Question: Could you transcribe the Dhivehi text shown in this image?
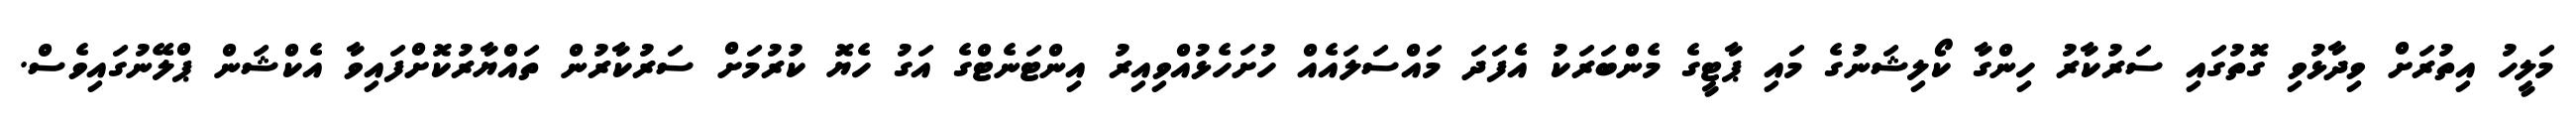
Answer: މަލީހު އިތުރަށް ވިދާޅުވި ގޮތުގައި ސަރުކާރު ހިންގާ ކޯލިޝަނުގެ މައި ޕާޓީގެ މެންބަރަކު އެފަދަ މައްސަލައެއް ހުށަހެޅުއްވިއިރު އިންޓަނެޓްގެ އަގު ހެޔޮ ކުރުމަށް ސަރުކާރުން ތައްޔާރުކޮށްފައިވާ އެކްޝަން ޕްލޭނުގައިވެސް.